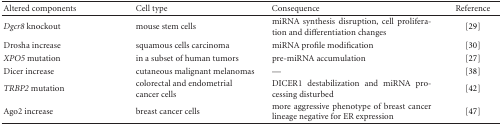
| Altered components | Cell type | Consequence | Reference |
 | --- | --- | --- | --- |
 | Dgcr8 knockout | mouse stem cells | miRNA synthesis disruption, cell proliferation and differentiation changes | [29] |
 | Drosha increase | squamous cells carcinoma | miRNA profile modification | [30] |
 | XPO5 mutation | in a subset of human tumors | pre-miRNA accumulation | [27] |
 | Dicer increase | cutaneous malignant melanomas | — | [38] |
 | TRBP2 mutation | colorectal and endometrial cancer cells | DICER1 destabilization and miRNA processing disturbed | [42] |
 | Ago2 increase | breast cancer cells | more aggressive phenotype of breast cancer lineage negative for ER expression | [47] |